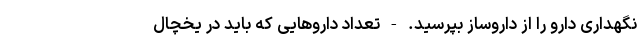
نگهداری دارو را از داروساز بپرسید. - تعداد داروهایی که باید در یخچال